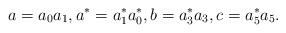
LaTeX: \begin{align*}a=a_0a_1, a^*=a_1^* a_0^*, b=a_3^*a_3, c=a_5^*a_5.\end{align*}